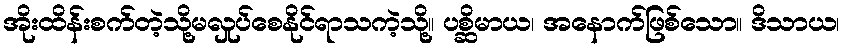
အိုးထိန်းစက်တဲ့သို့မလှုပ်စေနိုင်ရာသကဲ့သို့။ ပစ္ဆိမာယ၊ အနောက်ဖြစ်သော။ ဒိသာယ၊